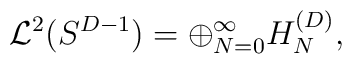
{\cal L}^2(S^{D-1}) = \oplus_{N=0}^{\infty} H_{N}^{(D)},